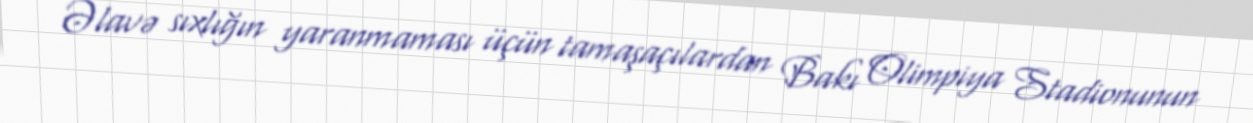
Əlavə sıxlığın yaranmaması üçün tamaşaçılardan Bakı Olimpiya Stadionunun